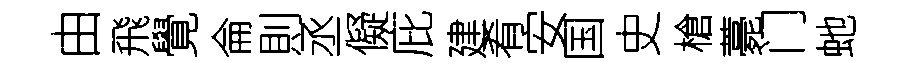
由飛覺侖則丞儗庇建肴安国史槍薧门虵